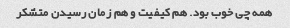
همه چی خوب بود. هم کیفیت و هم زمان رسیدن متشکر